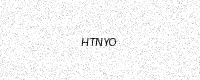
Text: HTNYO